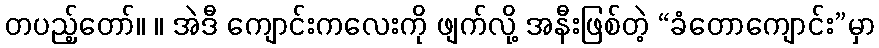
တပည့်တော်။ ။ အဲဒီ ကျောင်းကလေးကို ဖျက်လို့ အနီးဖြစ်တဲ့ “ခံတောကျောင်း”မှာ